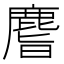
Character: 𪊨